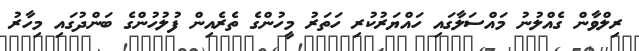
ރިލްވާން ގެއްލުނު މައްސަލާގައި ހައްޔަރުކުރި ހަތަރު މީހުންގެ ތެރެއިން ފުލުހުންގެ ބަންދުގައި މިހާރު